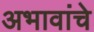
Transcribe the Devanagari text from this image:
अभावांचे